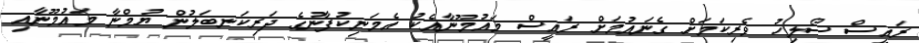
ރައީސް ސޯލިހު ވެރިކަމަށް ގެނައުމަށް ރައީސް މައުމޫނާއެކު އެމަނިކުފާނުގެ ދަރިކަނބަލުން ޔުމްނާ މައުމޫނާއި